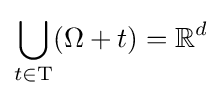
\bigcup _{t\in \mathrm {T} }(\Omega +t)=\mathbb {R} ^{d}